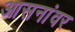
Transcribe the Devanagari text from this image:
आसनांवर